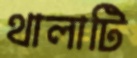
থালাটি